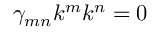
\gamma _ { m n } k ^ { m } k ^ { n } = 0